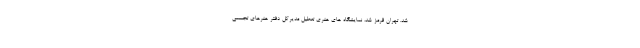
شد. تهران قرمز شد، نمایشگاه های هنری تعطیل مدیرکل دفتر هنرهای تجسمی